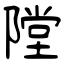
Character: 隚